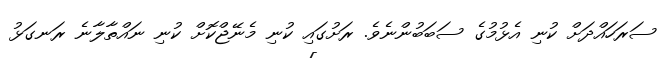
ސަރަހައްދަށް ކުނި އެޅުމުގެ ސަބަބުންނެވެ. ރަށުގައި ކުނި މެނޭޖްކޮށް ކުނި ނައްތާލާނެ ރަނގަޅު